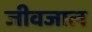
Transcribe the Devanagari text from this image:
जीवजाल